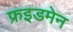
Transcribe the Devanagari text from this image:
फ्रइडमेन